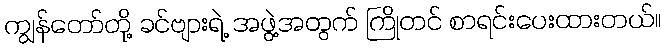
ကျွန်တော်တို့ ခင်ဗျားရဲ့ အဖွဲ့အတွက် ကြိုတင် စာရင်းပေးထားတယ်။